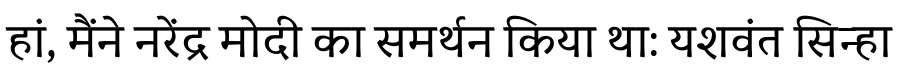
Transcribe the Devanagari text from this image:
हां, मैंने नरेंद्र मोदी का समर्थन किया था: यशवंत सिन्हा